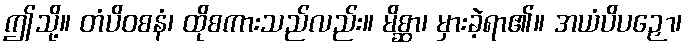
ဤသို့။ တံပိဝစနံ၊ ထိုစကားသည်လည်း။ မိစ္ဆာ၊ မှားခဲ့ရာ၏။ အယံပိပဉှော၊